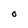
Character: O